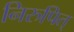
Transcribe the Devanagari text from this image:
निरुपित्